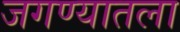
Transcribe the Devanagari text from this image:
जगण्यातला